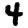
Digit: 4